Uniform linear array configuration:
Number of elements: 64
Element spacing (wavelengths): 0.5
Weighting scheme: hann
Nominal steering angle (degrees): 60
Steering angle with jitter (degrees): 59.59
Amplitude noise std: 0.05
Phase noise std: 0.05

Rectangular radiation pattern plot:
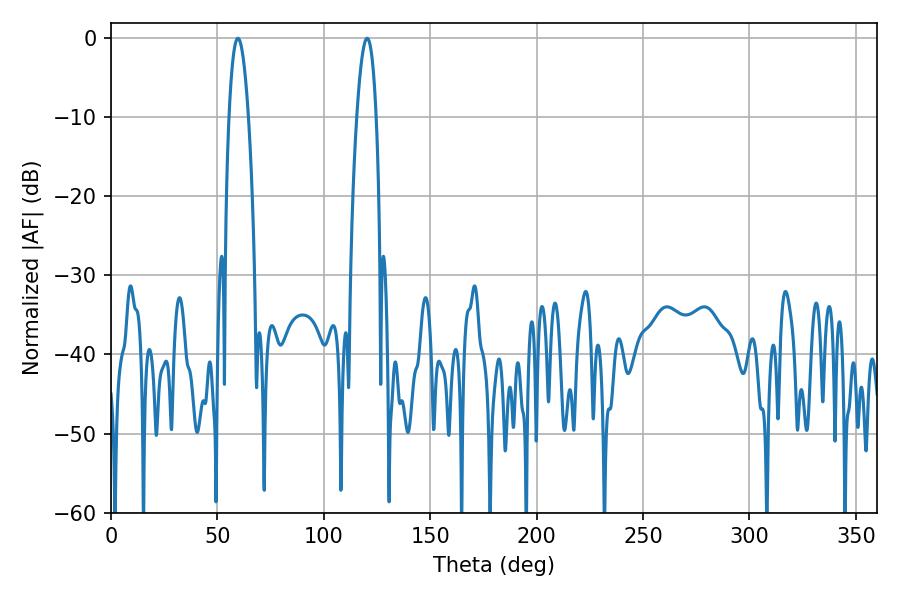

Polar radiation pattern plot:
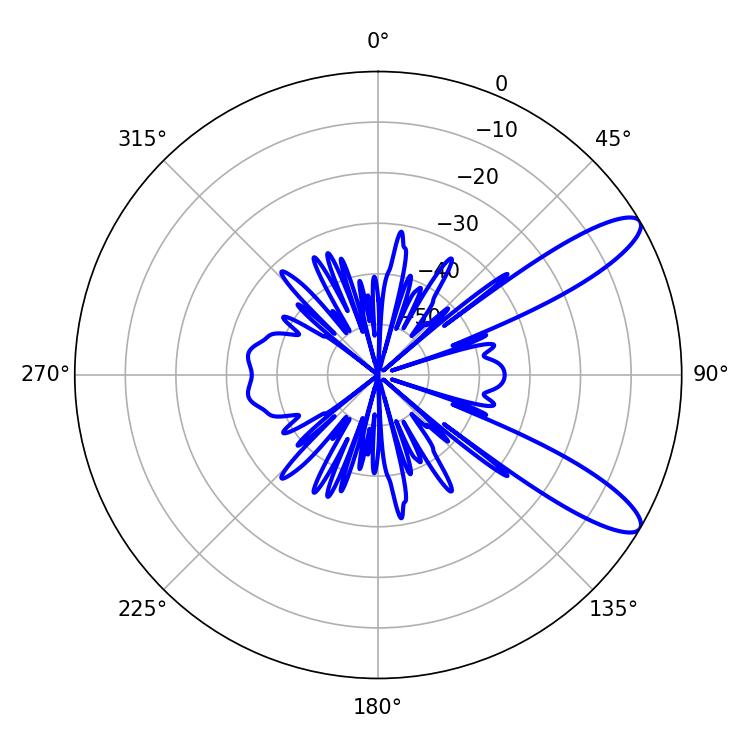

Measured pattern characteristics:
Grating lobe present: FALSE
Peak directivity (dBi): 10.863
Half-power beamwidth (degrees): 5.04
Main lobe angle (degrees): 59.58